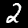
Digit: 2